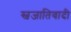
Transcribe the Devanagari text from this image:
स्वजातिवादी